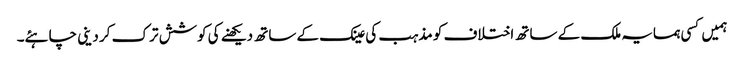
ہمیں کسی ہمسایہ ملک کے ساتھ اختلاف کو مذہب کی عینک کے ساتھ دیکھنے کی کوشش ترک کر دینی چاہئے۔